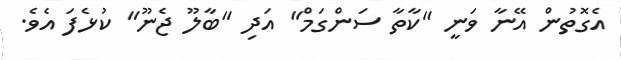
އެގޮތުން އޭނާ ވަނީ "ކާތާ ސަންގަމް" އަދި "ބާލޫ ޖެނޫ" ކުޅެފަ އެވެ.